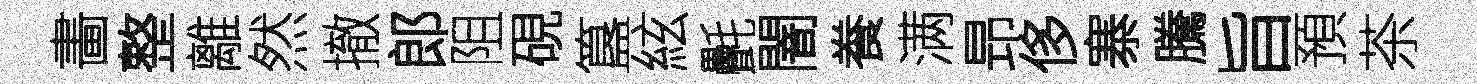
畵整離然撤郎阻硯簋絃㲲闇飬满昻侈寨騰旨預茶